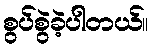
စွပ်စွဲခဲ့ပါတယ်။